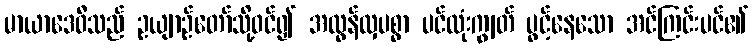
မာယာဒေဝီသည် ဥယျာဉ်တော်သို့ဝင်၍ အလွန်လှပစွာ ပင်လုံးကျွတ် ပွင့်နေသော အင်ကြင်းပင်၏